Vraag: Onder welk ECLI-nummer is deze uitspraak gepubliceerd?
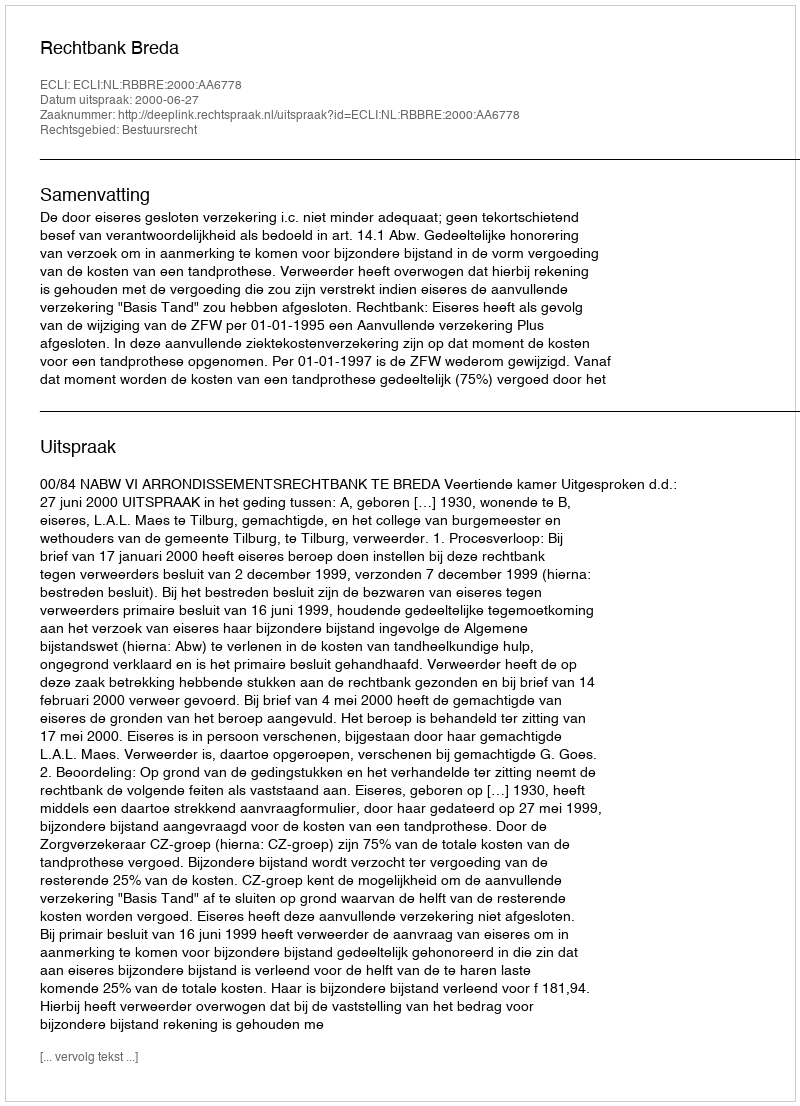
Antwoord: ECLI:NL:RBBRE:2000:AA6778